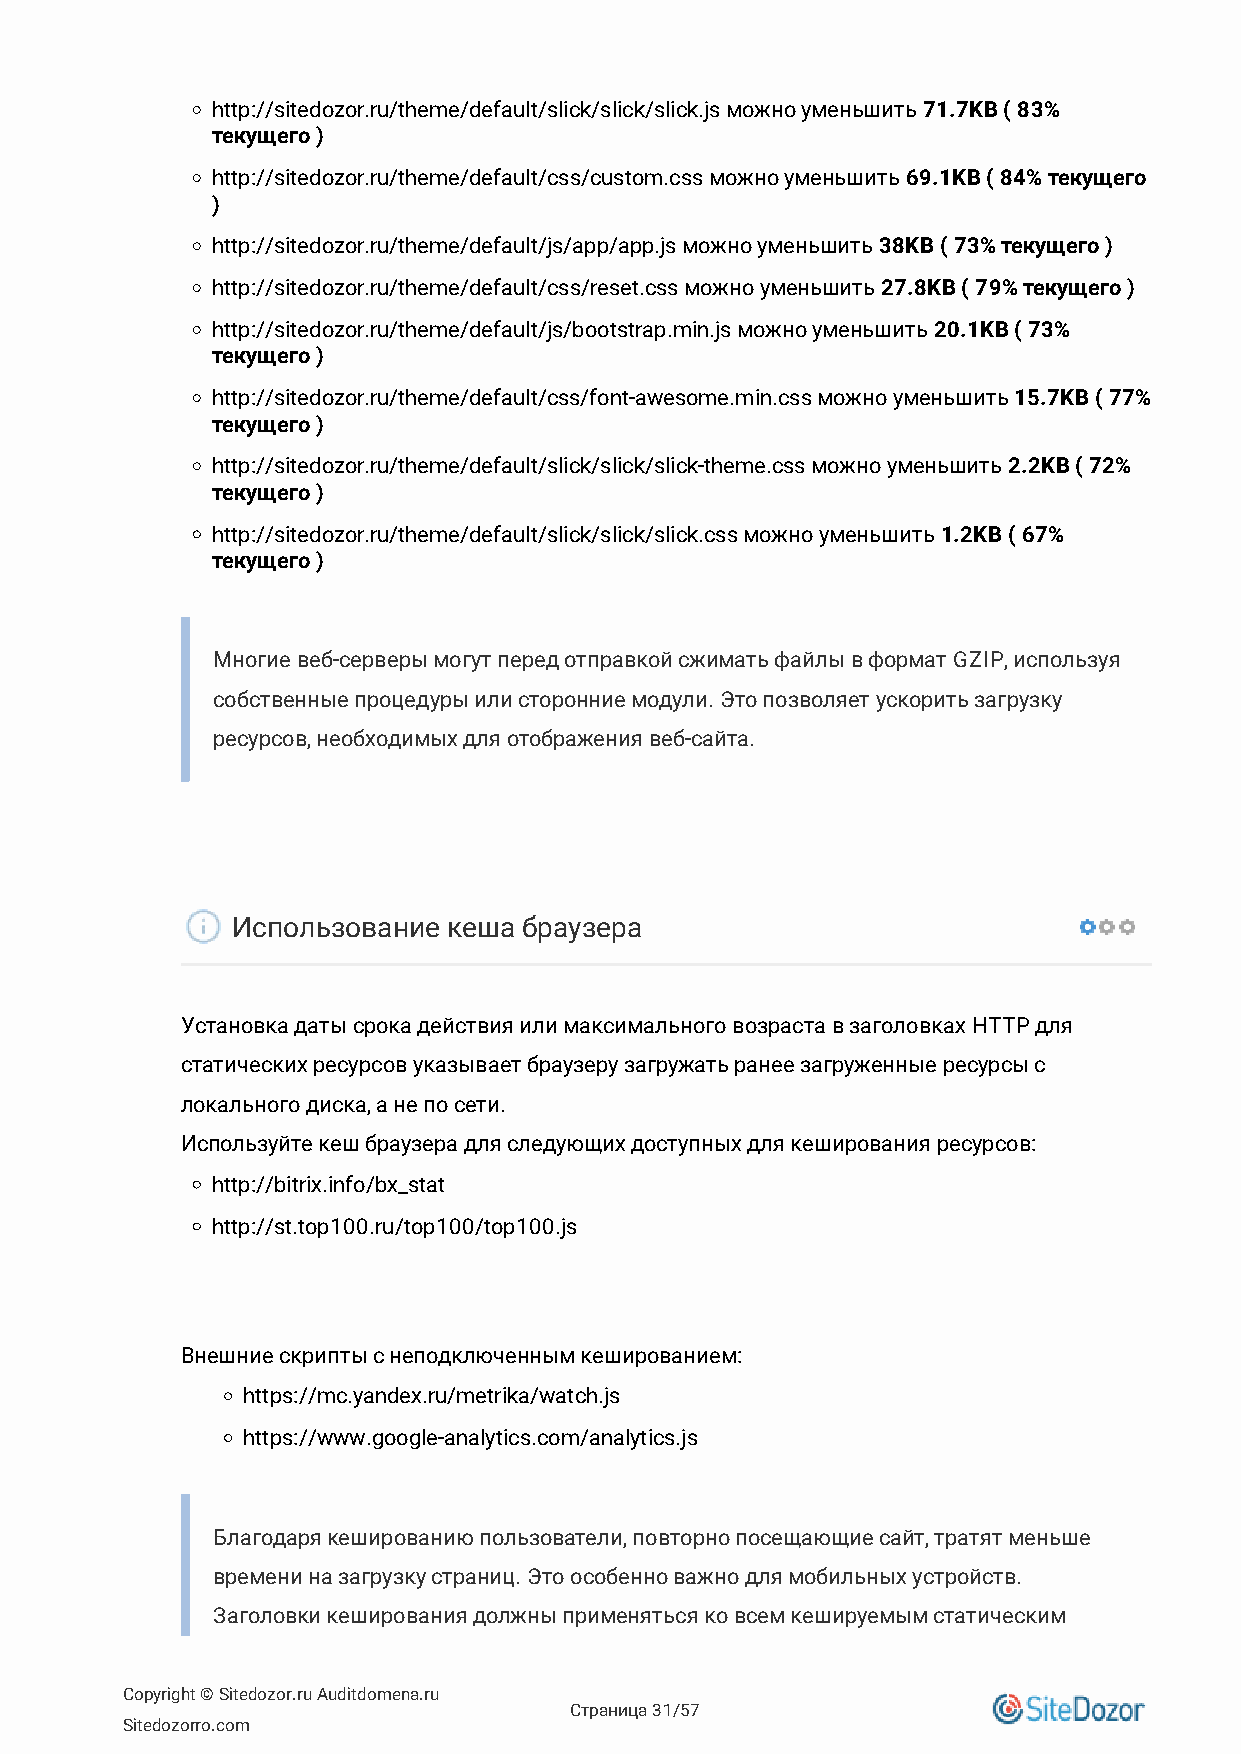
http://sitedozor.ru/theme/default/slick/slick/slick.js можно уменьшить 71.7KB ( 83%
 текущего )
 http://sitedozor.ru/theme/default/css/custom.css можно уменьшить 69.1KB ( 84% текущего
 )
 http://sitedozor.ru/theme/default/js/app/app.js можно уменьшить 38KB ( 73% текущего )
 http://sitedozor.ru/theme/default/css/reset.css можно уменьшить 27.8KB ( 79% текущего )
 http://sitedozor.ru/theme/default/js/bootstrap.min.js можно уменьшить 20.1KB ( 73%
 текущего )
 http://sitedozor.ru/theme/default/css/font-awesome.min.css можно уменьшить 15.7KB ( 77%
 текущего )
 http://sitedozor.ru/theme/default/slick/slick/slick-theme.css можно уменьшить 2.2KB ( 72%
 текущего )
 http://sitedozor.ru/theme/default/slick/slick/slick.css можно уменьшить 1.2KB ( 67%
 текущего )
 Многие веб-серверы могут перед отправкой сжимать файлы в формат GZIP, используя
 собственные процедуры или сторонние модули. Это позволяет ускорить загрузку
 ресурсов, необходимых для отображения веб-сайта.
 Использование  кеша браузера
 Установка даты срока действия или максимального возраста в заголовках HTTP для
 статических ресурсов указывает браузеру загружать ранее загруженные ресурсы с
 локального диска, а не по сети.
 Используйте кеш браузера для следующих доступных для кеширования ресурсов:
 http://bitrix.info/bx_stat
 http://st.top100.ru/top100/top100.js
 Внешние скрипты с неподключенным кешированием:
 https://mc.yandex.ru/metrika/watch.js
 https://www.google-analytics.com/analytics.js
 Благодаря кешированию пользователи, повторно посещающие сайт, тратят меньше
 времени на загрузку страниц. Это особенно важно для мобильных устройств.
 Заголовки кеширования должны применяться ко всем кешируемым статическим
 Copyright © Sitedozor.ru Auditdomena.ru
 Страница 31/57
 Sitedozorro.com